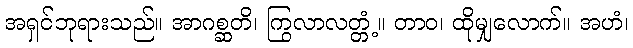
အရှင်ဘုရားသည်။ အာဂစ္ဆတိ၊ ကြွလာလတ္တံ့။ တာဝ၊ ထိုမျှလောက်။ အဟံ၊